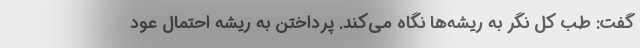
گفت: طب کل نگر به ریشه‌ها نگاه می‌کند. پرداختن به ریشه احتمال عود